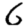
Digit: 6